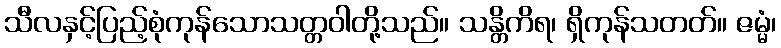
သီလနှင့်ပြည့်စုံကုန်သောသတ္တဝါတို့သည်။ သန္တိကိရ၊ ရှိကုန်သတတ်။ ဇမ္မံ၊